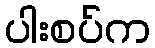
ပါးစပ်က